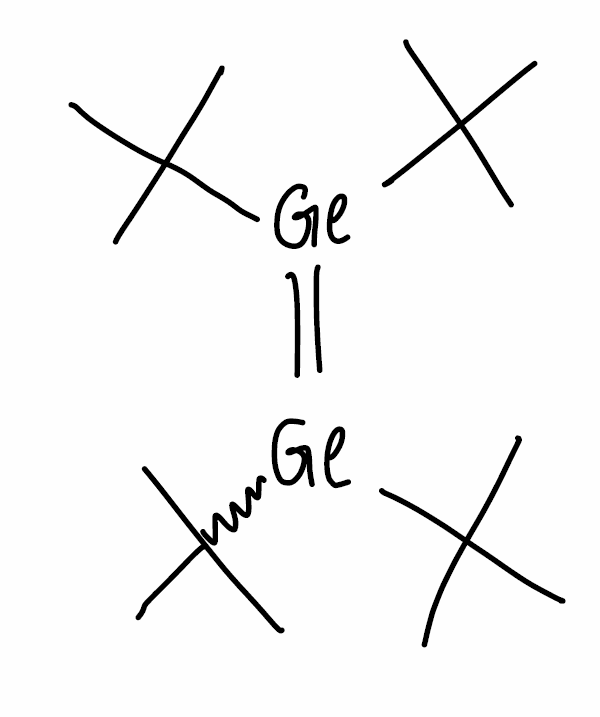
Simplified molecular-input line-entry system (SMILES) notation of the given molecule:
CC(C)(C)[Ge](=[Ge](C(C)(C)C)C(C)(C)C)C(C)(C)C